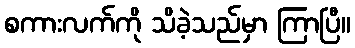
စကားလက်ကို သိခဲ့သည်မှာ ကြာပြီ။